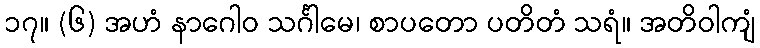
၁၇။ (၆) အဟံ နာဂေါဝ သင်္ဂါမေ၊ စာပတော ပတိတံ သရံ။ အတိဝါကျံ